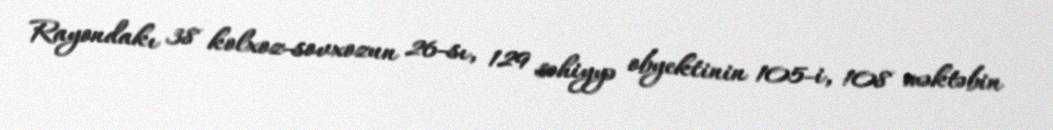
Rayondakı 38 kolxoz-sovxozun 26-sı, 129 səhiyyə obyektinin 105-i, 108 məktəbin